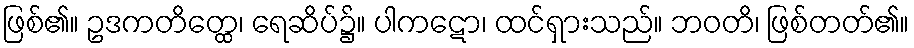
ဖြစ်၏။ ဥဒကတိတ္ထေ၊ ရေဆိပ်၌။ ပါကဋော၊ ထင်ရှားသည်။ ဘဝတိ၊ ဖြစ်တတ်၏။